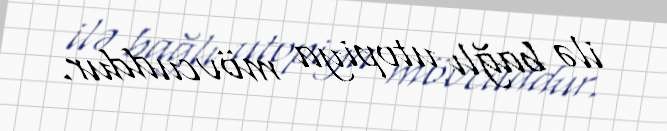
ilə bağlı utopiya mövcuddur.